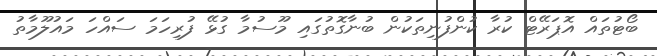
ބޯޓުތައް އޮޕަރޭޓް ކުރާ ކުންފުނިތަކުން ބުނާގޮތުގައި މޫޫސުމާ ގުޅޭ ފުރިހަމަ ސައްހަ މައުލޫމާތު